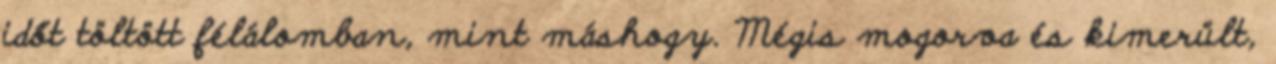
időt töltött félálomban, mint máshogy. Mégis mogorva és kimerült,